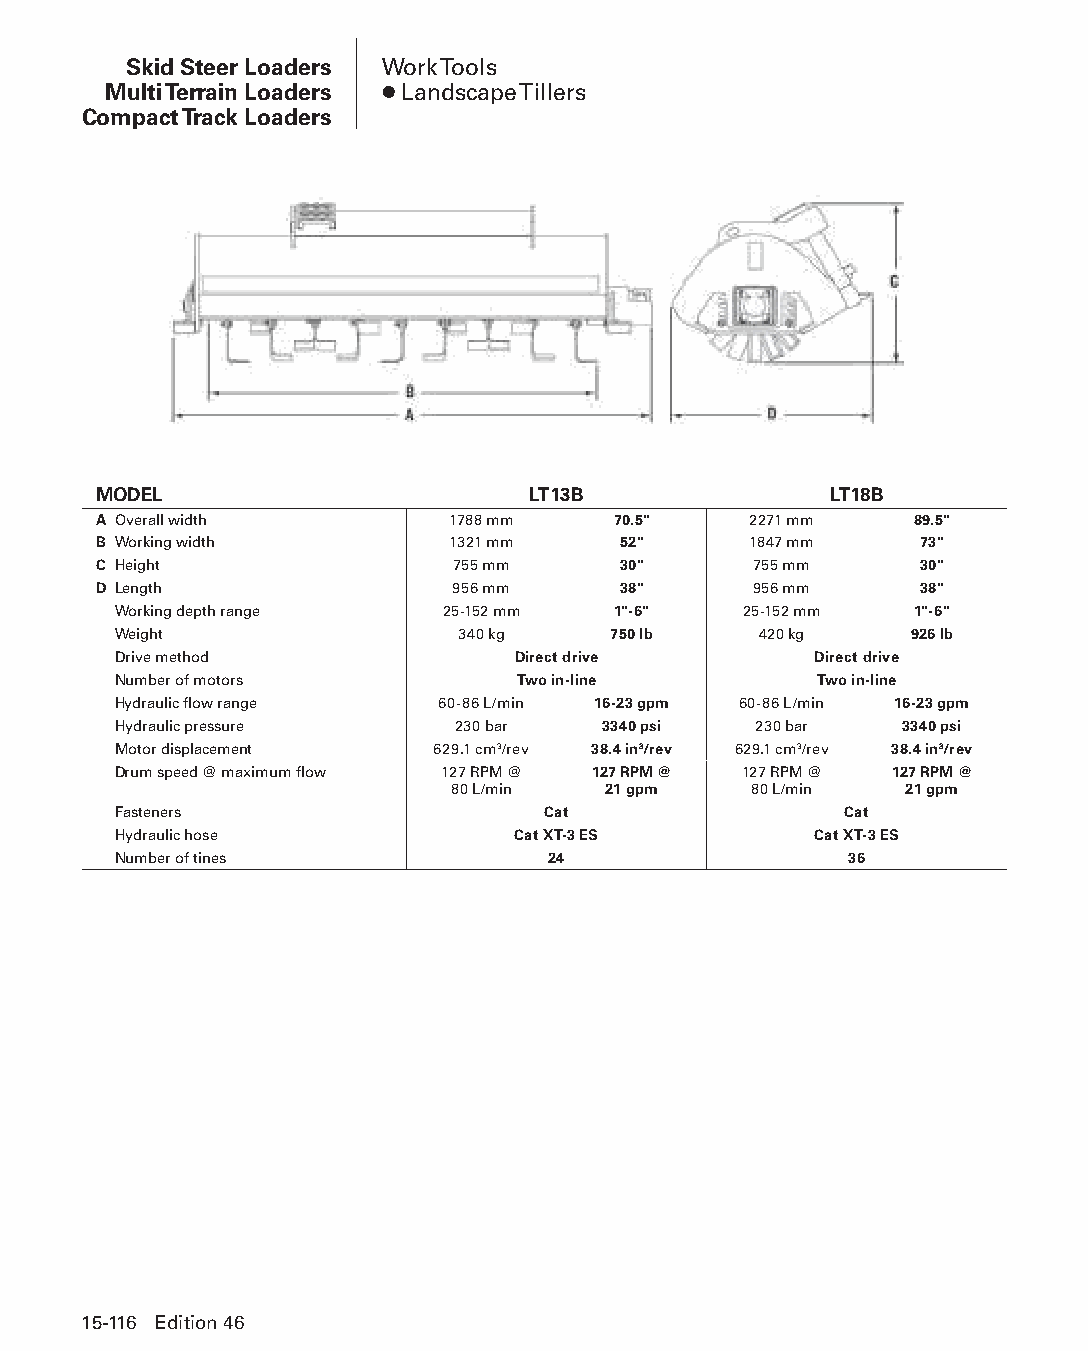
Skid Steer Loaders Work Tools
 Multi Terrain Loaders ● Landscape Tillers
 Compact Track Loaders
 MODEL                       LT13B               LT18B
 A Overall width        1788 mm    70.5"    2271 mm    89.5"
 B Working width        1321 mm    52"      1847 mm    73"
 C Height               755 mm     30"      755 mm     30"
 D Length               956 mm     38"      956 mm     38"
 Working depth range   25-152 mm  1"-6"    25-152 mm  1"-6"
 Weight                 340 kg    750 lb    420 kg    926 lb
 Drive method              Direct drive        Direct drive
 Number of motors           Two in-line        Two in-line
 Hydraulic flow range 60-86 L/min 16-23 gpm 60-86 L/min 16-23 gpm
 Hydraulic pressure     230 bar  3340 psi  230 bar   3340 psi
 Motor displacement   629.1 cm3/rev 38.4 in3/rev 629.1 cm3/rev 38.4 in3/rev
 Drum speed @ maximum flow 127 RPM @ 127 RPM @ 127 RPM @ 127 RPM @
 80 L/min  21 gpm    80 L/min  21 gpm
 Fasteners                   Cat                 Cat
 Hydraulic hose            Cat XT-3 ES         Cat XT-3 ES
 Number of tines              24                  36
 15-116 Edition 46
 PPHHBB--SSeecc1155--1166..iinndddd 111166                      1122//44//1155 1100::5511 AAMM